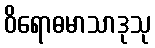
ဝိရောဓမာသာဒုသု